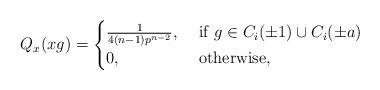
LaTeX: \begin{align*}Q_x(xg)= \begin{cases} \frac{1}{4(n-1)p^{n-2}}, & \mbox{ if } g \in C_i(\pm 1) \cup C_i(\pm a) \\ 0, & \mbox{ otherwise,}\end{cases}\end{align*}